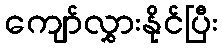
ကျော်လွှားနိုင်ပြီး